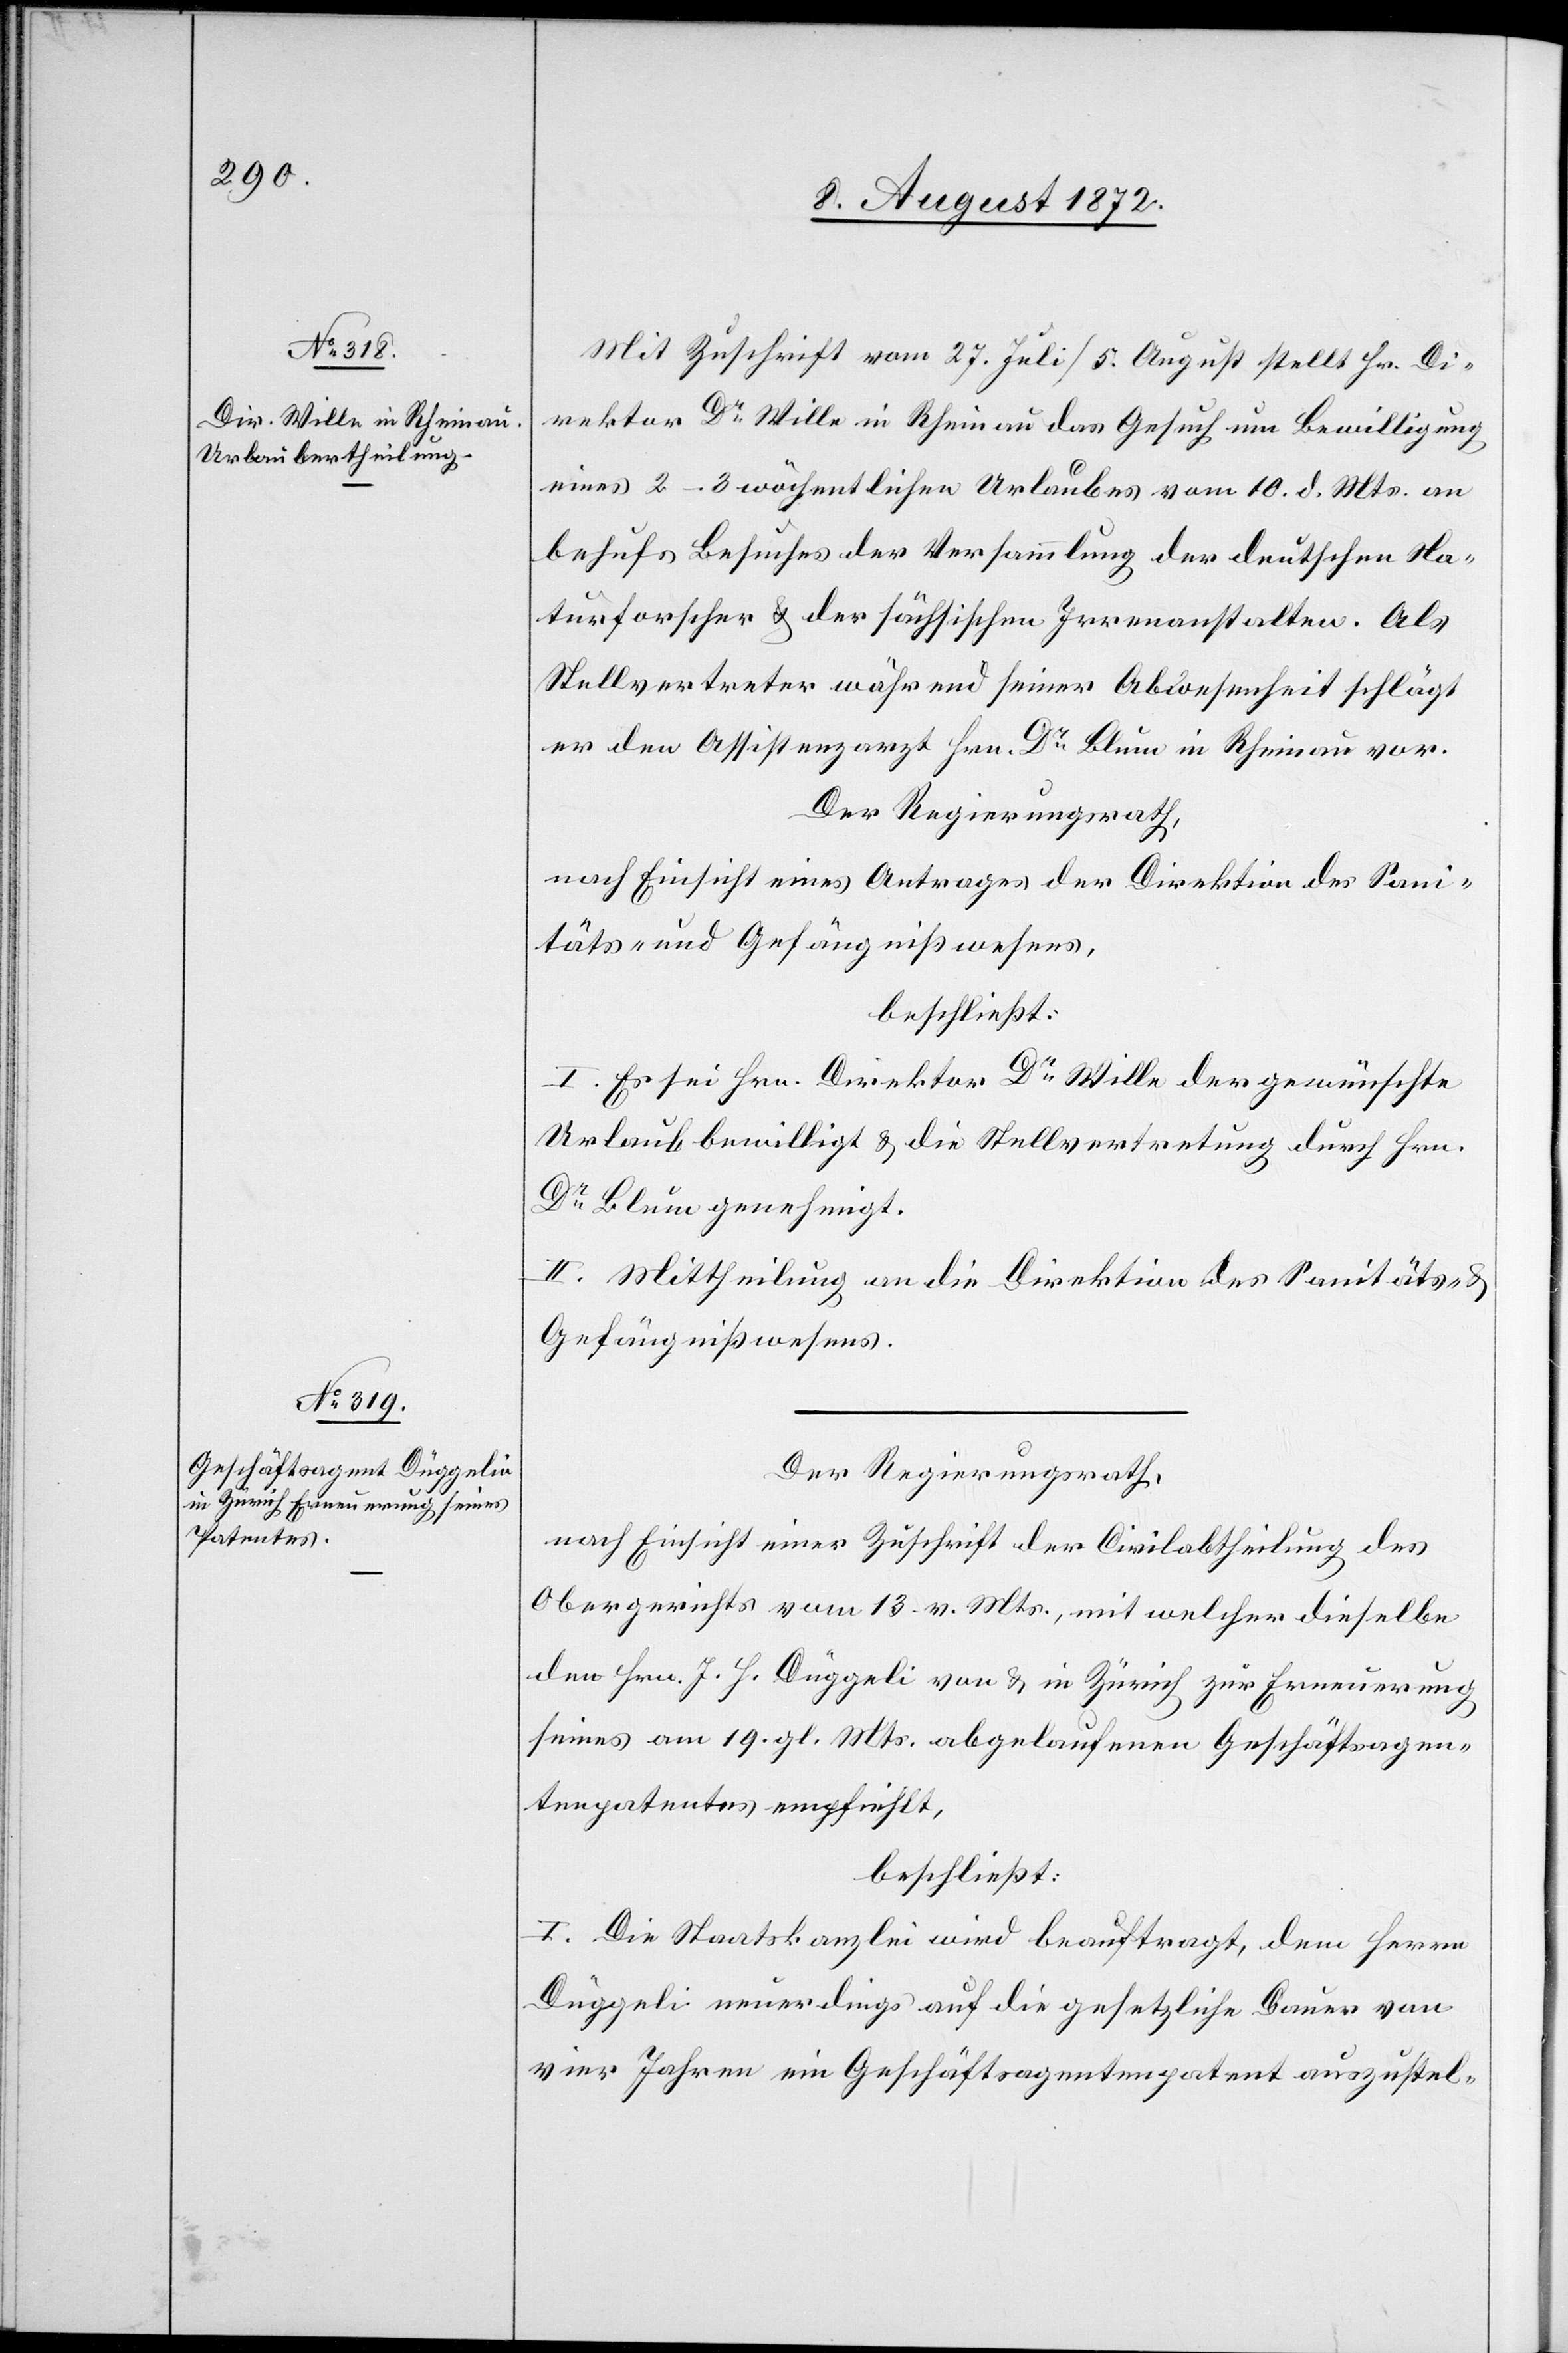
Mit Zuschrift vom 27. Juli/5. August stellt Hr. Di¬
rektor Dr Wille in Rheinau das Gesuch um Bewilligung
eines 2–3 wöchentlichen Urlaubes vom 10. d. Mts. an
behufs Besuches der Versammlung der deutschen Na¬
turforscher u. der sächsischen Irrenanstalten. Als
Stellvertreter während seiner Abwesenheit schlägt
er den Assistenzarzt Hrn. Dr Blum in Rheinau vor.
Der Regierungsrath,
nach Einsicht eines Antrages der Direktion des Sani¬
täts- u. Gefängnißwesens,
beschließt:
I. Es sei Hrn. Direktor Dr Wille der gewünschte
Urlaub bewilligt u. die Stellvertretung durch Hrn.
Dr Blum genehmigt.
II. Mittheilung an die Direktion des Sanitäts- u.
Gefängnißwesens.
Der Regierungsrath,
nach Einsicht einer Zuschrift der Civilabtheilung des
Obergerichtes vom 13. v. Mts., mit welcher dieselbe
den Hrn. J. J. Düggeli [sic!] von u. in Zürich zur Erneuerung
seines am 19. gl. Mts. abgelaufenen Geschäftsagen¬
tenpatentes empfiehlt,
beschließt:
I. Die Staatskanzlei wird beauftragt, dem Herrn
Düggeli neuerdings auf die gesetzliche Dauer von
vier Jahren ein Geschäftsagentenpatent auszustel-